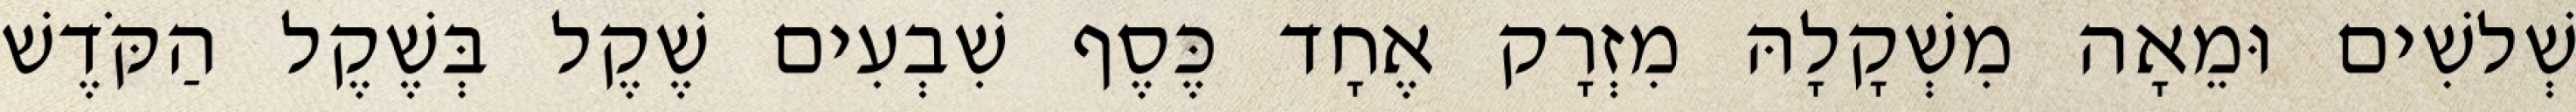
שְׁלשִׁים וּמֵאָה מִשְׁקָלָהּ מִזְרָק אֶחָד כֶּסֶף שִׁבְעִים שֶׁקֶל בְּשֶׁקֶל הַקֹּדֶשׁ